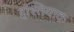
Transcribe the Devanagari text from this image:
इश्तियाक